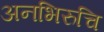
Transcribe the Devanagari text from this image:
अनभिरुचि